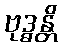
ဗုဒ္ဓန္တိ